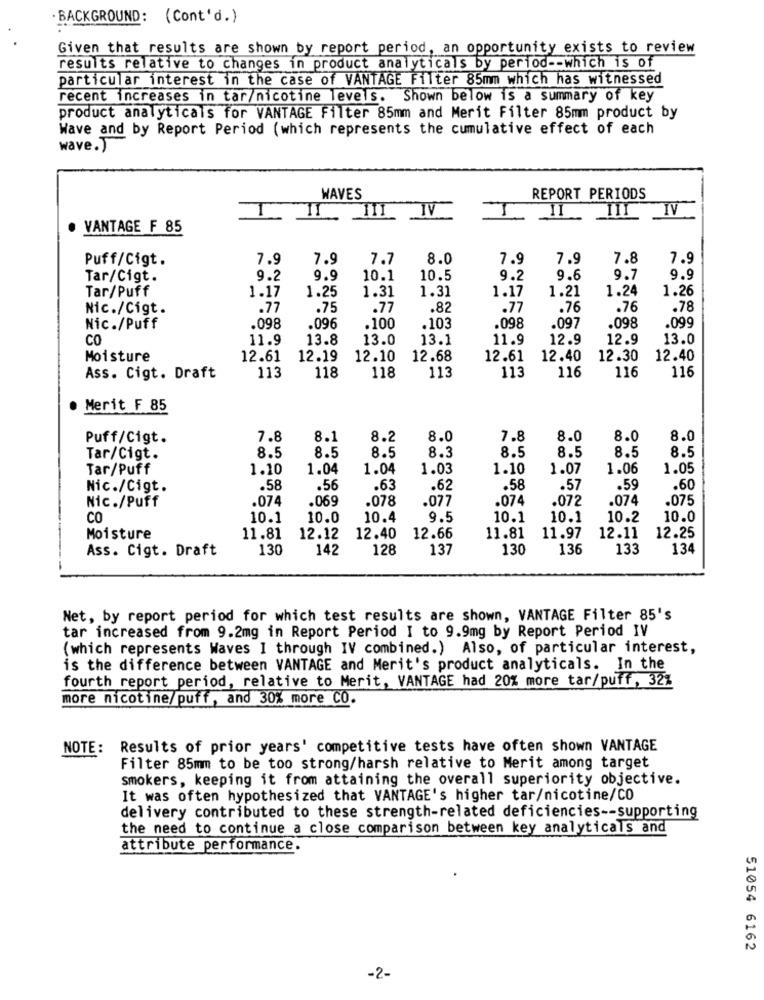
.BACKGROUND: (Cont'd.)
Given that results are shown by report period, an opportunity exists to review
results relative to Changes in product analyticals by period -- which is of
particular interest in the case of VANTAGE Filter 85mm which has witnessed
recent increases in tar/nicotine levels. Shown below is a summary of key
product analyticals for VANTAGE Filter 85mm and Merit Filter 85mm product by
Wave and by Report Period (which represents the cumulative effect of each
wave.)
WAVES
REPORT PERIODS
IV
I II III IV
II
TIT
VANTAGE F 85
Puff/Cigt.
7.9
7.9
7.7
8.0
7.9
7.9
7.8
7.9
Tar/Cigt.
9.2
9.9
10.1
10.5
9.2
9.6
9.7
9.9
Tar/Puff
1.31
1.17
1.21
1.24
1.26
1.17
1.25
1.31
Nic./Cigt.
.77
.75
.77
.82
.77
.76
.76
.78
Nic./Puff
.098
.096
.100
.103
.098
.097
.098
.099
CO
11.9
13.8
13.0
13.1
11.9
12.9
12.9
13.0
Moisture
12.61
12.19
12.10
12.68
12.61
12.40
12.30
12.40
113
118
113
116
116
Ass. Cigt. Draft
118
113
116
Merit ₣ 85
Puff/Cigt.
7.8
8.1
8.2
8.0
7.8
8.0
8.0
8.0
8.5
8.5
8.3
8.5
8.5
8.5
Tar/Cigt.
8.5
8.5
Tar/Puff
1.10
1.04
1.04
1.03
1.10
1.07
1.06
1.05
Nic./Cigt.
.58
.56
.63
.62
.58
.57
.59
.60
Nic./Puff
.074
.069
.078
.077
.074
.072
.074
.075
CO
10.1
10.0
10.4
9.5
10.1
10.1
10.2
10.0
Moisture
11.81
12.12
12.40
12.66
11.81
11.97
12.11
12.25
Ass. Cigt. Draft
130
142
128
137
130
136
133
134
Net, by report period for which test results are shown, VANTAGE Filter 85's
tar increased from 9.2mg in Report Period I to 9.9mg by Report Period IV
(which represents Waves I through IV combined.) Also, of particular interest,
is the difference between VANTAGE and Merit's product analyticals. In the
fourth report period, relative to Merit, VANTAGE had 20% more tar/puff, 32%
more nicotine/puff, and 30% more CO.
NOTE: Results of prior years' competitive tests have often shown VANTAGE
Filter 85mm to be too strong/harsh relative to Merit among target
smokers, keeping it from attaining the overall superiority objective.
It was often hypothesized that VANTAGE's higher tar/nicotine/CO
delivery contributed to these strength-related deficiencies -- supporting
the need to continue a close comparison between key analyticals and
attribute performance.
51054 6162
-2-